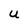
Character: U